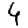
Digit: 4